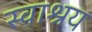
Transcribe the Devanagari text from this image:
स्वाश्रय